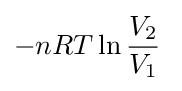
-nRT\ln {\frac {V_{2}}{V_{1}}}\;